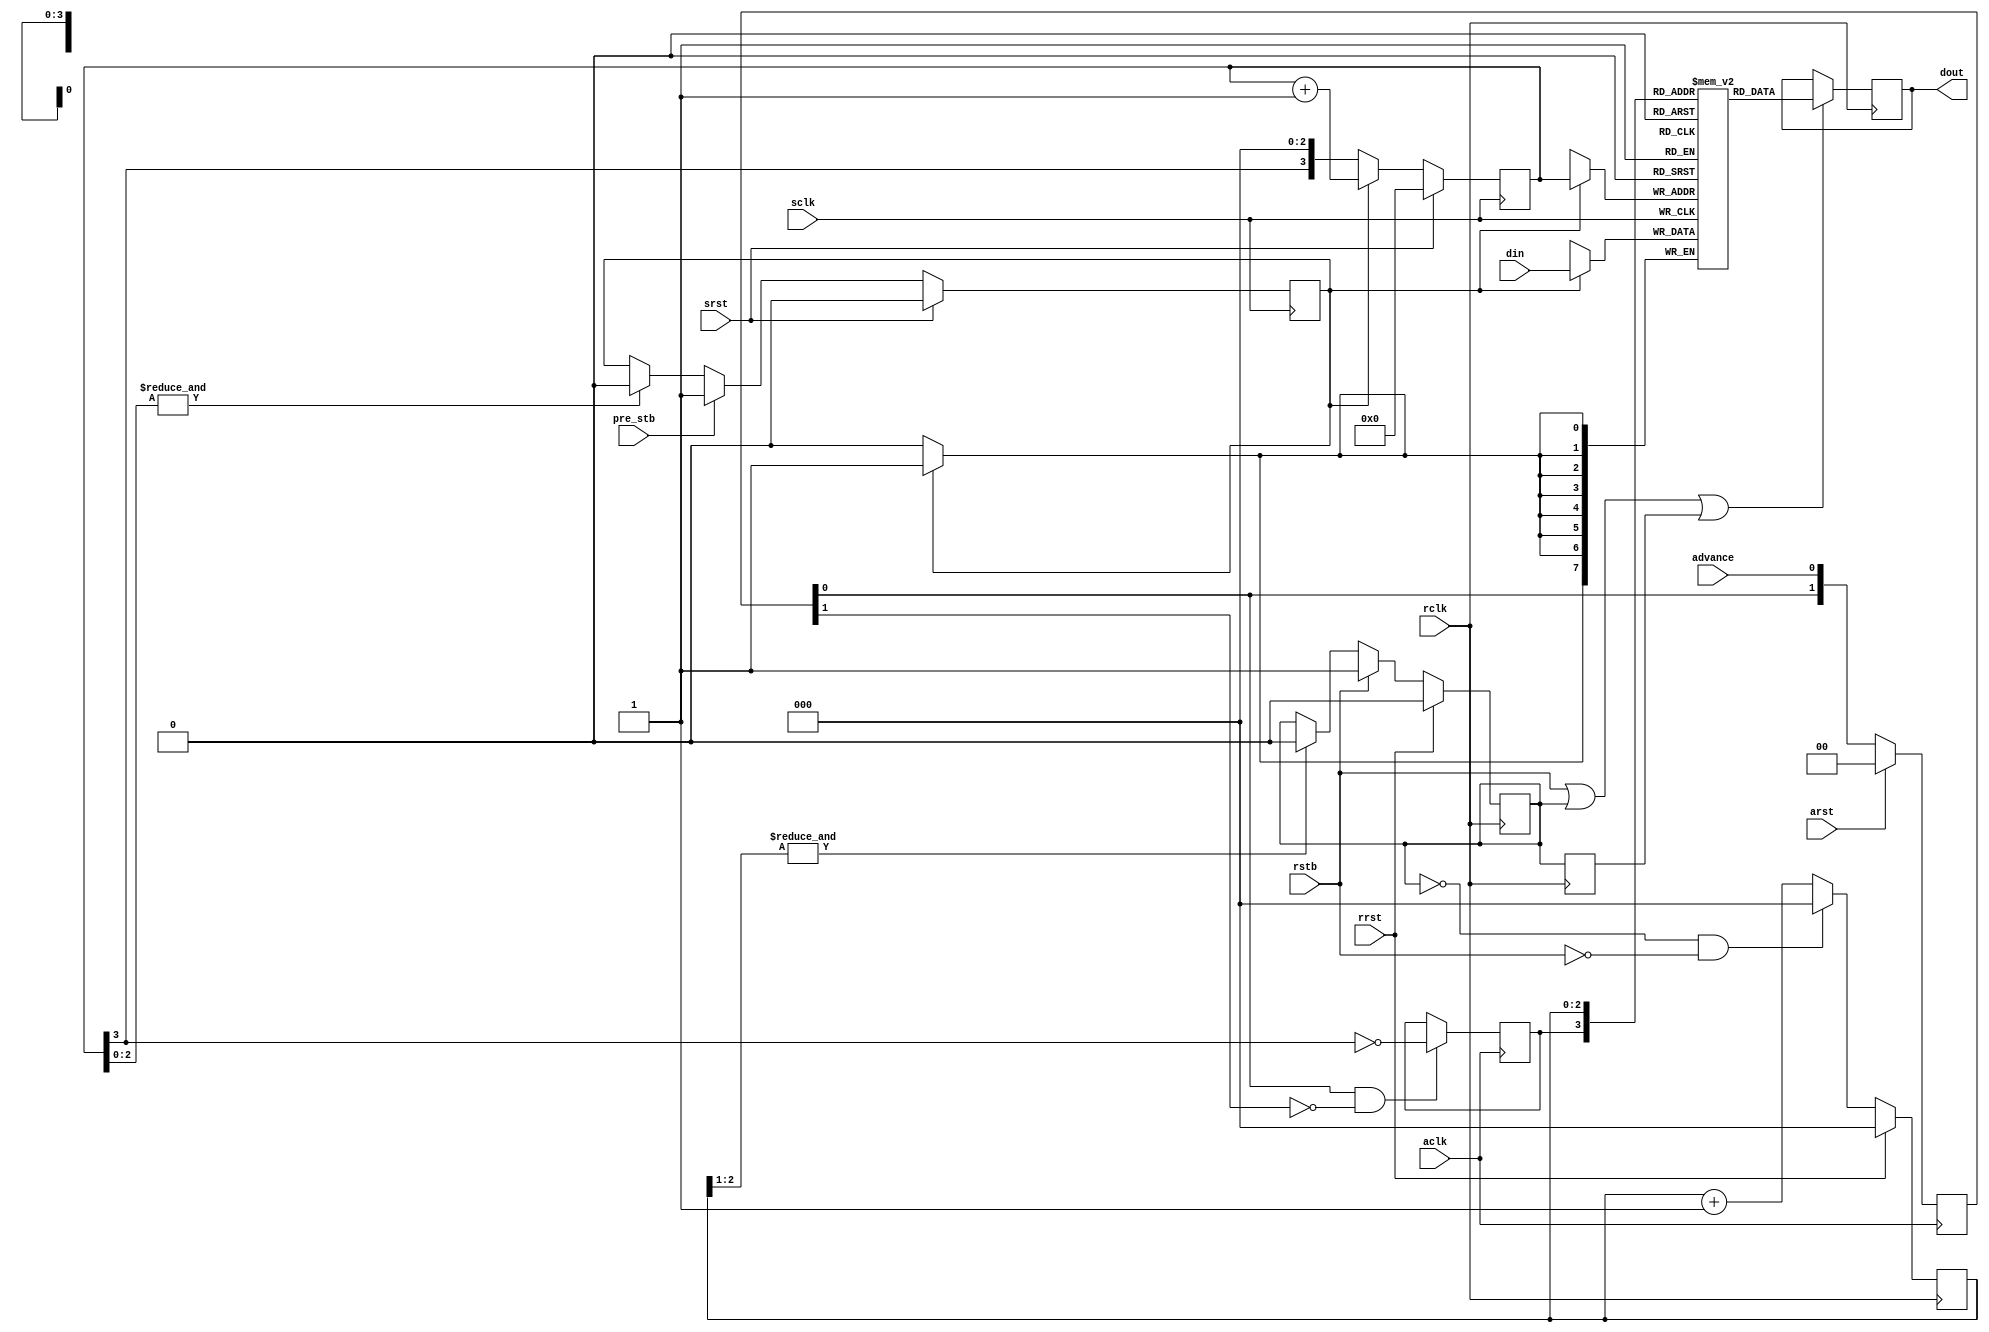
/*!
 * <b>Module:</b>timestamp_fifo
 * @file timestamp_fifo.v
 * @date 2015-07-02  
 * @author Andrey Filippov     
 *
 * @brief Receives 64-bit timestamp data over 8-bit bus,
 * copies it to the outputr register set at 'advance' leading edge
 * and then reads through the different clock domain 8-bit bus.
 *
 * Write, advance registers and readout events are supposed to have suffitient
 * pauses between them.
 *
 * @copyright Copyright (c) 2015 Elphel, Inc.
 *
 * <b>License:</b>
 *
 * timestamp_fifo.v is free software; you can redistribute it and/or modify
 * it under the terms of the GNU General Public License as published by
 * the Free Software Foundation, either version 3 of the License, or
 * (at your option) any later version.
 *
 *  timestamp_fifo.v is distributed in the hope that it will be useful,
 * but WITHOUT ANY WARRANTY; without even the implied warranty of
 * MERCHANTABILITY or FITNESS FOR A PARTICULAR PURPOSE.  See the
 * GNU General Public License for more details.
 *
 * You should have received a copy of the GNU General Public License
 * along with this program.  If not, see <http://www.gnu.org/licenses/> .
 *
 * Additional permission under GNU GPL version 3 section 7:
 * If you modify this Program, or any covered work, by linking or combining it
 * with independent modules provided by the FPGA vendor only (this permission
 * does not extend to any 3-rd party modules, "soft cores" or macros) under
 * different license terms solely for the purpose of generating binary "bitstream"
 * files and/or simulating the code, the copyright holders of this Program give
 * you the right to distribute the covered work without those independent modules
 * as long as the source code for them is available from the FPGA vendor free of
 * charge, and there is no dependence on any encrypted modules for simulating of
 * the combined code. This permission applies to you if the distributed code
 * contains all the components and scripts required to completely simulate it
 * with at least one of the Free Software programs.
 */
`timescale 1ns/1ps

module  timestamp_fifo(
//    input                rst,
    input                sclk,
    input                srst,    // @ posedge smclk - sync reset
    
    input                pre_stb, // marks pre-first input byte (s0,s1,s2,s3,u0,u1,u2,u3)
    input          [7:0] din,     // data in - valid for 8 cycles after pre_stb

    input                aclk,    // clock to synchronize "advance" commands
    input                arst,    // @ posedge aclk - sync reset
    
    input                advance, // @aclk advance registers
    
    input                rclk,    // output clock
    input                rrst,   // @ posedge rclk - sync reset
    input                rstb,    // @rclk, read start (data available next 8 cycles)
    output    reg [ 7:0] dout
);
    reg    [7:0] fifo_ram[0:15]; // 16x8 fifo
    reg    [3:0] wpntr;          // input fifo pointer
    reg          rcv;            // receive data
    reg    [3:0] rpntr;          // fifo read pointer
    reg    [1:0] advance_r;
    reg          snd;            // send data
    reg          snd_d;
    always @ (posedge sclk) begin
        if      (srst)        rcv <= 0; 
        else if (pre_stb)     rcv <= 1;
        else if (&wpntr[2:0]) rcv <= 0;
        
        if      (srst) wpntr <= 0;
        else if (!rcv) wpntr <= {wpntr[3],3'b0};
        else           wpntr <= wpntr + 1;
    end

    always @ (posedge sclk) begin
        if (rcv) fifo_ram[wpntr] <= din;
    end
    
    always @(posedge aclk) begin
        if (arst) advance_r <= 0;
        else      advance_r <= {advance_r[0], advance};
    end

    always @(posedge aclk) begin
        if (advance_r[0] && !advance_r[1]) rpntr[3] <= ~wpntr[3]; // previous value (now wpntr[3] is already inverted
    end
    
    always @(posedge rclk) begin
        if      (rrst)        snd <= 0; 
        else if (rstb)        snd <= 1;
        else if (&rpntr[2:1]) snd <= 0; // at count 6 
    
        snd_d <= snd;
        
        if      (rrst)          rpntr[2:0] <= 0;
        else if (!snd && !rstb) rpntr[2:0] <= 0;
        else                    rpntr[2:0] <= rpntr[2:0] + 1;
    end

    always @(posedge rclk) begin
        if (rstb || snd || snd_d) dout <= fifo_ram[rpntr];
    end
endmodule